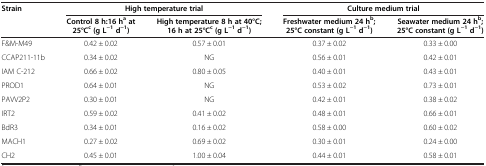
<table><thead><tr><td><b>Strain</b></td><td colspan="2"><b>High temperature trial</b></td><td colspan="2"><b>Culture medium trial</b></td></tr><tr><td><b> </b></td><td><b>Control 8 h:16 h<sup>a</sup>at 25°C<sup>c</sup>(g L<sup>−1</sup>d<sup>−1</sup>)</b></td><td><b>High temperature 8 h at 40°C; 16 h at 25°C<sup>c</sup>(g L<sup>−1</sup>d<sup>−1</sup>)</b></td><td><b>Freshwater medium 24 h<sup>b</sup>; 25°Cconstant (g L<sup>−1</sup>d<sup>−1</sup>)</b></td><td><b>Seawater medium 24 h<sup>b</sup>; 25°Cconstant (g L<sup>−1</sup>d<sup>−1</sup>)</b></td></tr></thead><tbody><tr><td>F&amp;M-M49</td><td>0.42 ± 0.02</td><td>0.57 ± 0.01</td><td>0.37 ± 0.02</td><td>0.33 ± 0.00</td></tr><tr><td>CCAP211-11b</td><td>0.34 ± 0.02</td><td>NG</td><td>0.56 ± 0.01</td><td>0.42 ± 0.01</td></tr><tr><td>IAM C-212</td><td>0.66 ± 0.02</td><td>0.80 ± 0.05</td><td>0.40 ± 0.01</td><td>0.43 ± 0.01</td></tr><tr><td>PROD1</td><td>0.64 ± 0.01</td><td>NG</td><td>0.53 ± 0.02</td><td>0.73 ± 0.01</td></tr><tr><td>PAVV2P2</td><td>0.30 ± 0.01</td><td>NG</td><td>0.42 ± 0.01</td><td>0.38 ± 0.02</td></tr><tr><td>IRT2</td><td>0.59 ± 0.02</td><td>0.41 ± 0.02</td><td>0.48 ± 0.01</td><td>0.66 ± 0.01</td></tr><tr><td>BdR3</td><td>0.34 ± 0.01</td><td>0.16 ± 0.02</td><td>0.58 ± 0.00</td><td>0.60 ± 0.02</td></tr><tr><td>MACH1</td><td>0.27 ± 0.02</td><td>0.69 ± 0.02</td><td>0.30 ± 0.01</td><td>0.24 ± 0.00</td></tr><tr><td>CH2</td><td>0.45 ± 0.01</td><td>1.00 ± 0.04</td><td>0.44 ± 0.01</td><td>0.58 ± 0.01</td></tr></tbody></table>